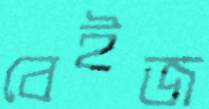
বেইজ